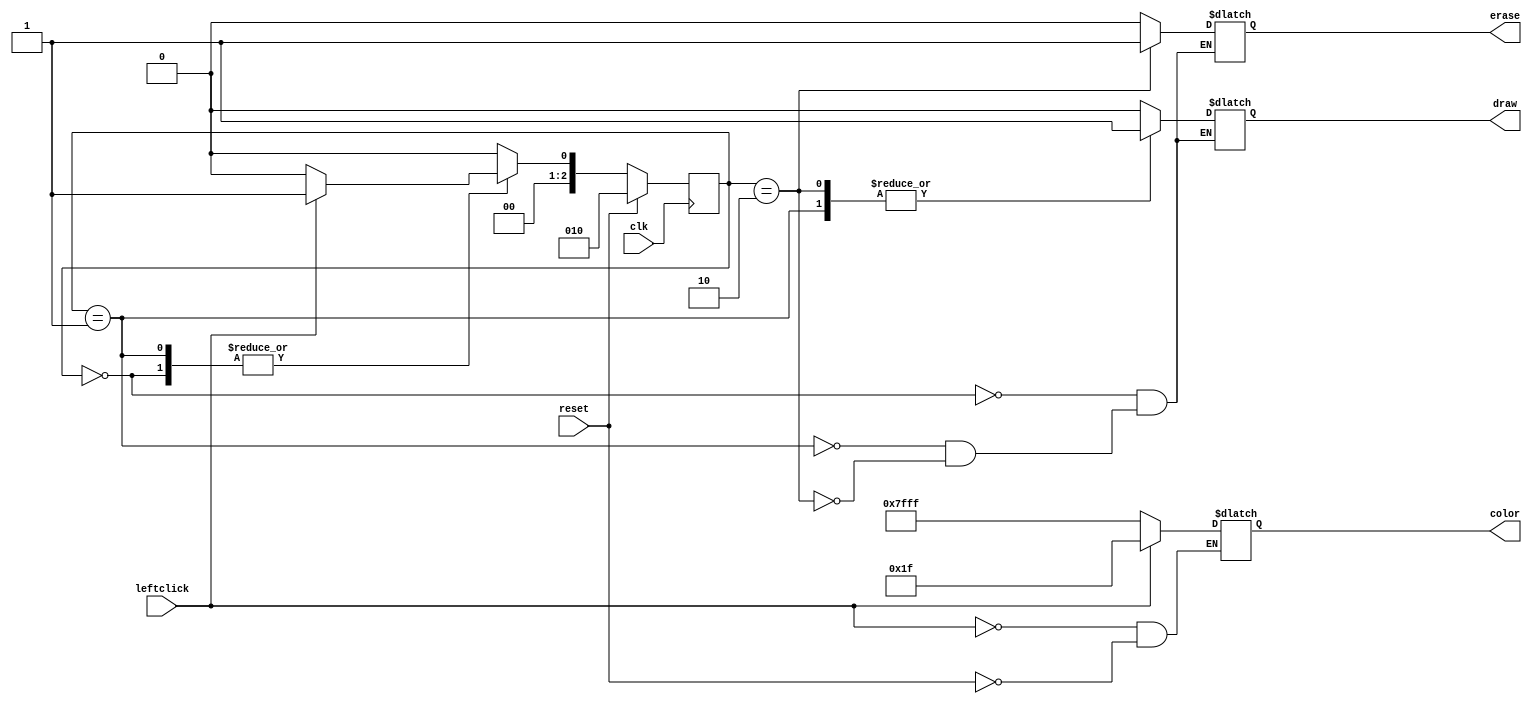
module io_control(clk, reset, leftclick, draw, erase, color);
    input clk, reset, leftclick;
    output reg draw, erase; //Draw means whether the mouse is drawing, not if VGA is drawing
    output reg[14:0] color;
    reg[2:0] current, next;

    localparam  CHILL = 3'd0,
                DRAW = 3'd1,
                ERASE = 3'd2;
    always@(*)
        begin
            case(current)
                CHILL: begin
                    if (reset) next = ERASE;
                    else if (leftclick) next = DRAW;
                    else next = CHILL;
                end
                DRAW: begin
                    if (reset) next = ERASE;
                    else if (leftclick) next = DRAW;
                    else next = CHILL;
                end
                ERASE: next = reset ? ERASE : CHILL;
                default: next = CHILL;
            endcase
        end

    always@(*)
        begin
            case(current)
                CHILL: begin draw <= 1'b0; erase <= 1'b0; end
                DRAW: begin draw <= 1'b1; erase <= 1'b0; end
                ERASE: begin draw <= 1'b1; erase <= 1'b1; end
            endcase
        end

    always@(*)
        begin
            if (leftclick) color <= 15'b000000000011111;
            else if (reset) color <= 15'b111111111111111;
        end

    //Current state reg
    always@(posedge clk)
        begin
            if(reset)
                current <= ERASE;
            else
                current <= next;
        end
endmodule